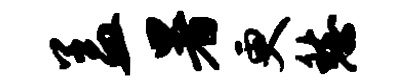
盖暑更愁